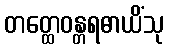
တတ္ထေဝန္တရဓာယိံသု